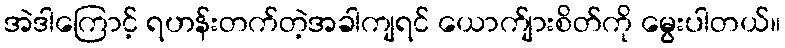
အဲဒါကြောင့် ရဟန်းတက်တဲ့အခါကျရင် ယောက်ျားစိတ်ကို မွေးပါတယ်။